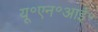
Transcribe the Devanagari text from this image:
यू॰एन॰आई॰